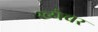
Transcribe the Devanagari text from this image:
ख्येबर